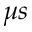
\mu s